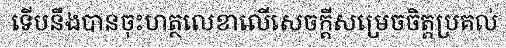
ទើបនឹងបានចុះហត្ថលេខាលើសេចក្តីសម្រេចចិត្តប្រគល់